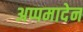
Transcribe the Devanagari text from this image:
अप्पमादेन